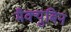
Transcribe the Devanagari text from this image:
मैक्युबिन